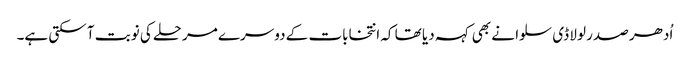
اُدھر صدر لولا ڈی سلوا نے بھی کہہ دیا تھا کہ انتخابات کے دوسرے مرحلے کی نوبت آ سکتی ہے۔